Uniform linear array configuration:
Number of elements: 4
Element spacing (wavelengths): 0.25
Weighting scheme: uniform
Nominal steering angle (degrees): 0
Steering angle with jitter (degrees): -0.9123
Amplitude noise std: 0.05
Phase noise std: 0.05

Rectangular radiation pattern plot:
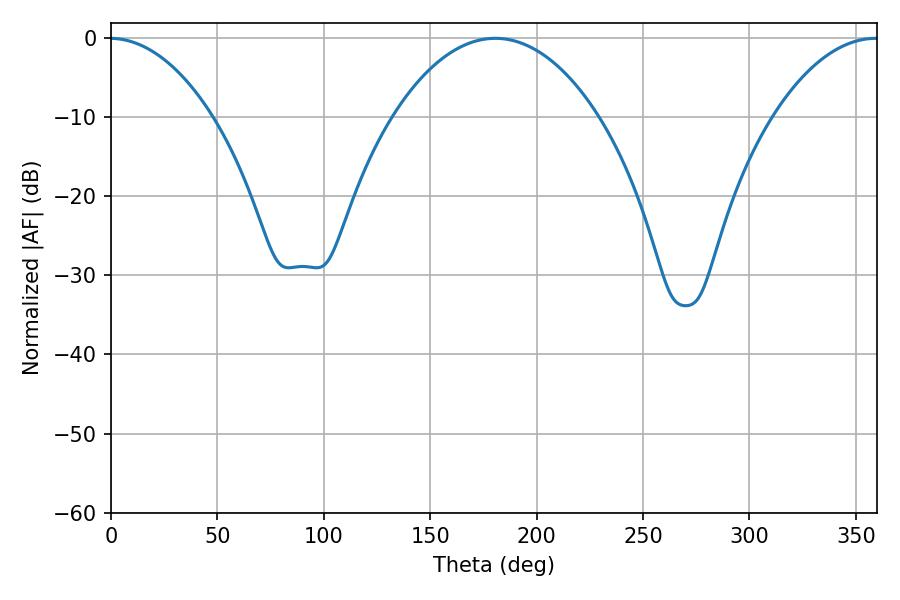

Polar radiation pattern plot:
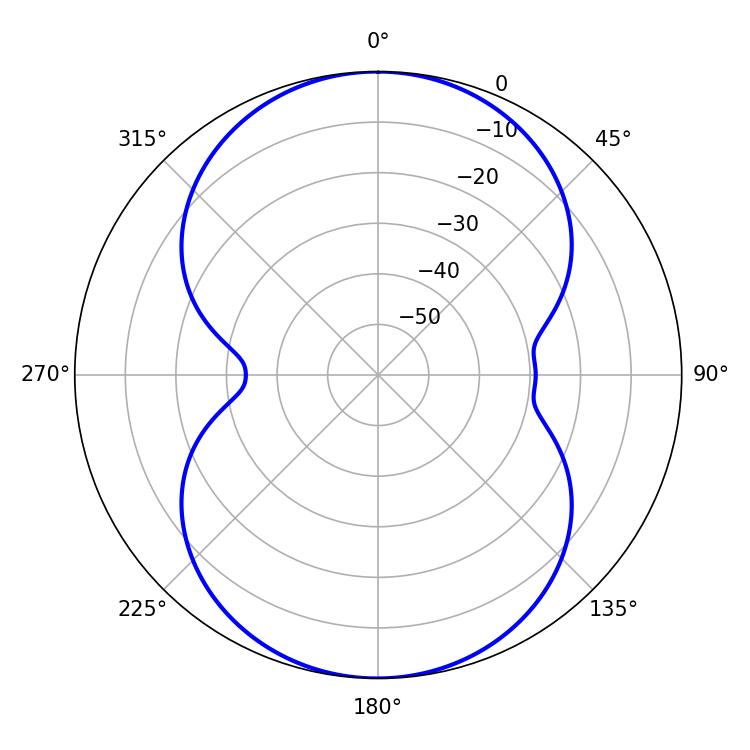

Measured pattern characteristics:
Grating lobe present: FALSE
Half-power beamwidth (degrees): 54
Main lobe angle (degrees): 180.54